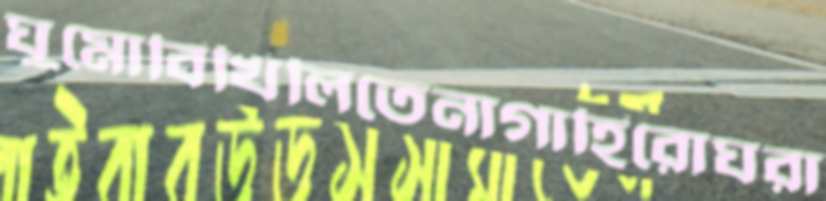
ঘুমোবিখিলিতেনাগাহিরোঘরা